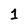
Character: 1